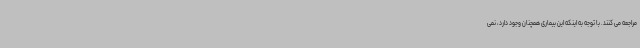
مراجعه می کنند. با توجه به اینکه این بیماری همچنان وجود دارد، نمی